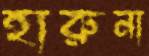
হারুনা